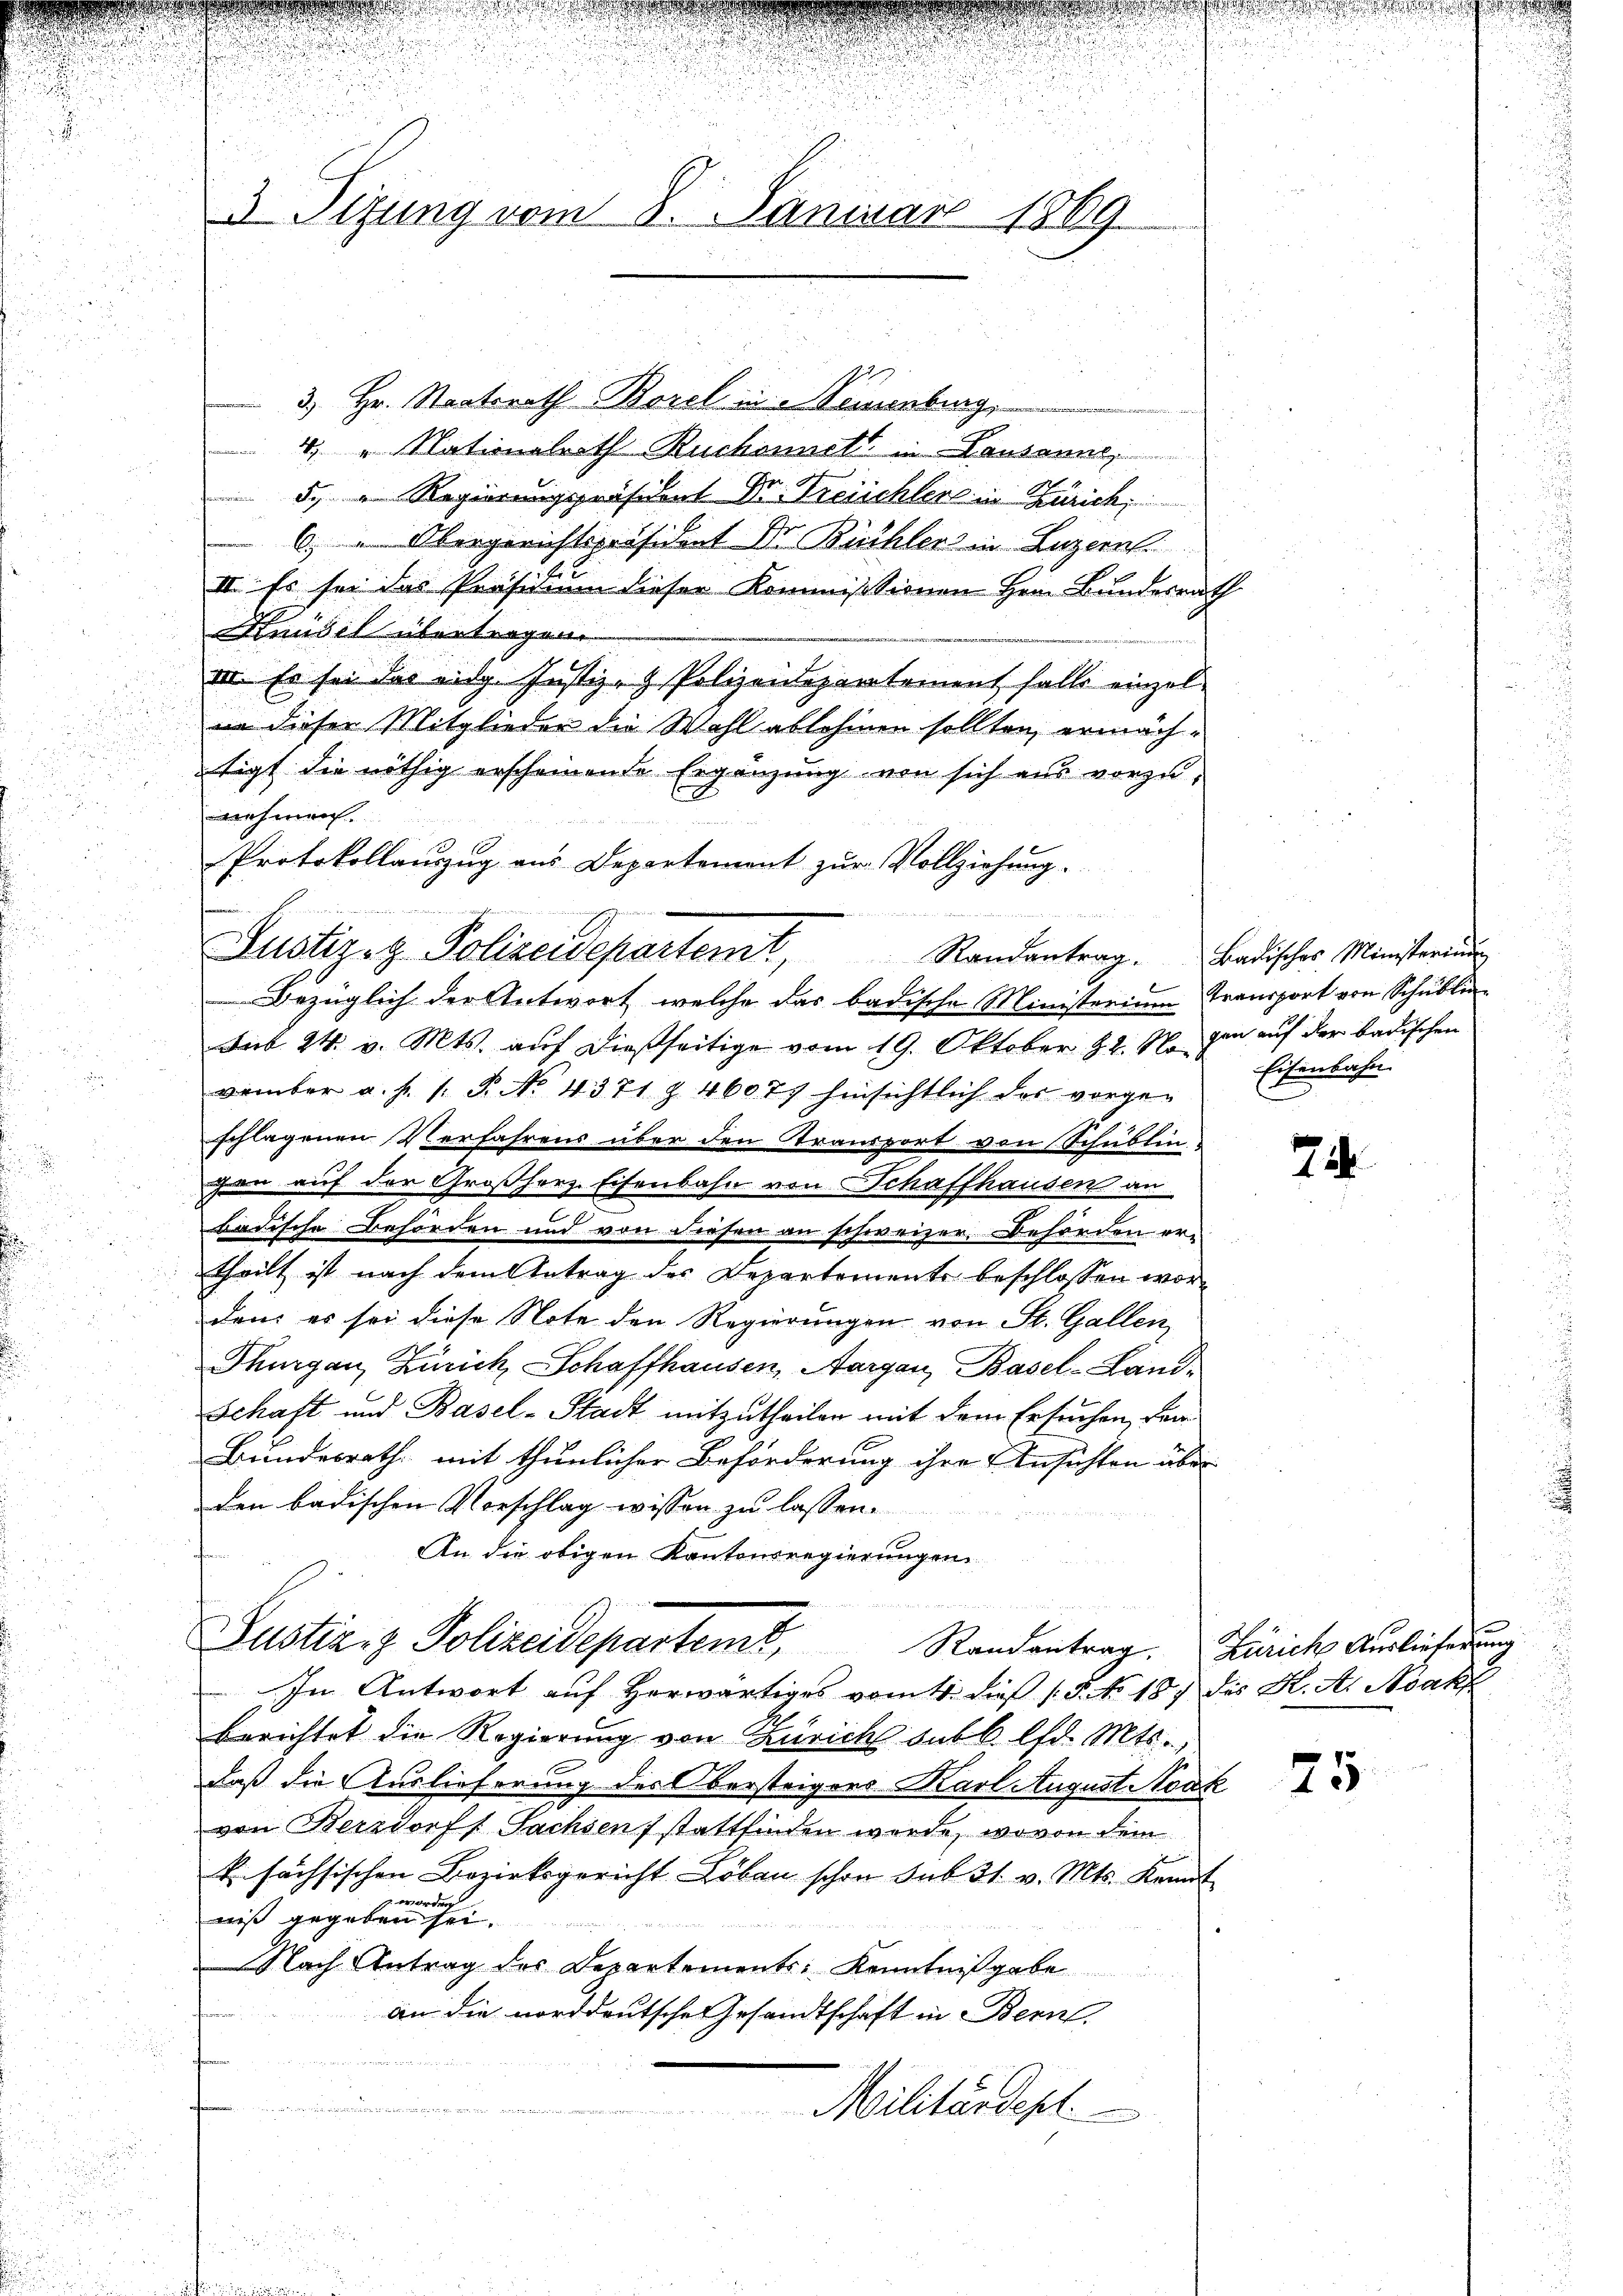
1
3 Sitzung vom 8. Januar 1869.

3. Hr. Staatsrath Borel in Neuenburg,
4. " Nationalrath Ruckomnett in Lausanne,
 5. Regierungspeisitat Dr. Treichlers in Zürich,
6. " Obergerichtspräsident Dr. Büchler in Luzern
II. Es sei das Präsidium dieser Kommissionen Hern Bundesrath
Handel übertragen.
III. Es sei das eidg. Justiz- & Polizeidepartement falls einzel-
in dieser Mitglieder die Wahl ablehnen sollten, ermächtigt die nöthig erscheinende Ergänzung von sich aus vorzunehmen.
Bezüglich der Antwort, welche das badische Ministerium Transport von Schublin
Mib 24. v. Mts. auf dießseitige vom 19. Oktober Hr. Nachen auf der badischen
vember a. p. 1. P. No. 4371 § 46077 hinsichtlich das vorge-
schlagenen Verfahrens über den Stransport von Schublingen auf der Großherz. Eisenbahn von Schaffhausen an
badische Behörden und von diesen an schweizer. Behörden ertheilt ist nach dem Antrag des Departements beschlossen worden es sei diese Note den Regierungen von St. Gallen
Thurgau, Zürich, Schaffhausen, Aargau, Basel-Land¬
Schaft und Basel-Stadt mitzutheilen mit dem Ersuchen, von
Bundesrath, mit thunlicher Beförderung ihre Ansichten über
den badischen Vorschlag wissen zu lassen.

An die obigen Kantonsregierungen
.

Protokollauszug aus Departement zur Vollziehung.

Justiz- & Polizeidepartemt, Randantrag. Badischer Ministerŭng

Justiz & Polizeidepartemt,

Eisenbahn.

In Antwort auf herwärtiges vom 4. dieß (5. No 187 des K. A. Adakt
berichtet die Regierung von Zürichs subb. lfd. Mts.
daß die Auslieferung des Obersteigers Karl August Nodk
von Berzdorff Sachsens stattfinden werde, wovon dem
fchächsischen Bezirksgericht Löben schon sub 31. v. Mts. Kennt
g. worden
niß gegeben sei.
Nach Antrag des Departements Kenntnißgabe
an die norddeutsche Gesandtschaft in Bern,
e
Militärdepl

6

74

Randantrag. Zürich Auslieferung

25